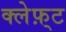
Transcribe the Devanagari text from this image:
क्लेफ़्ट